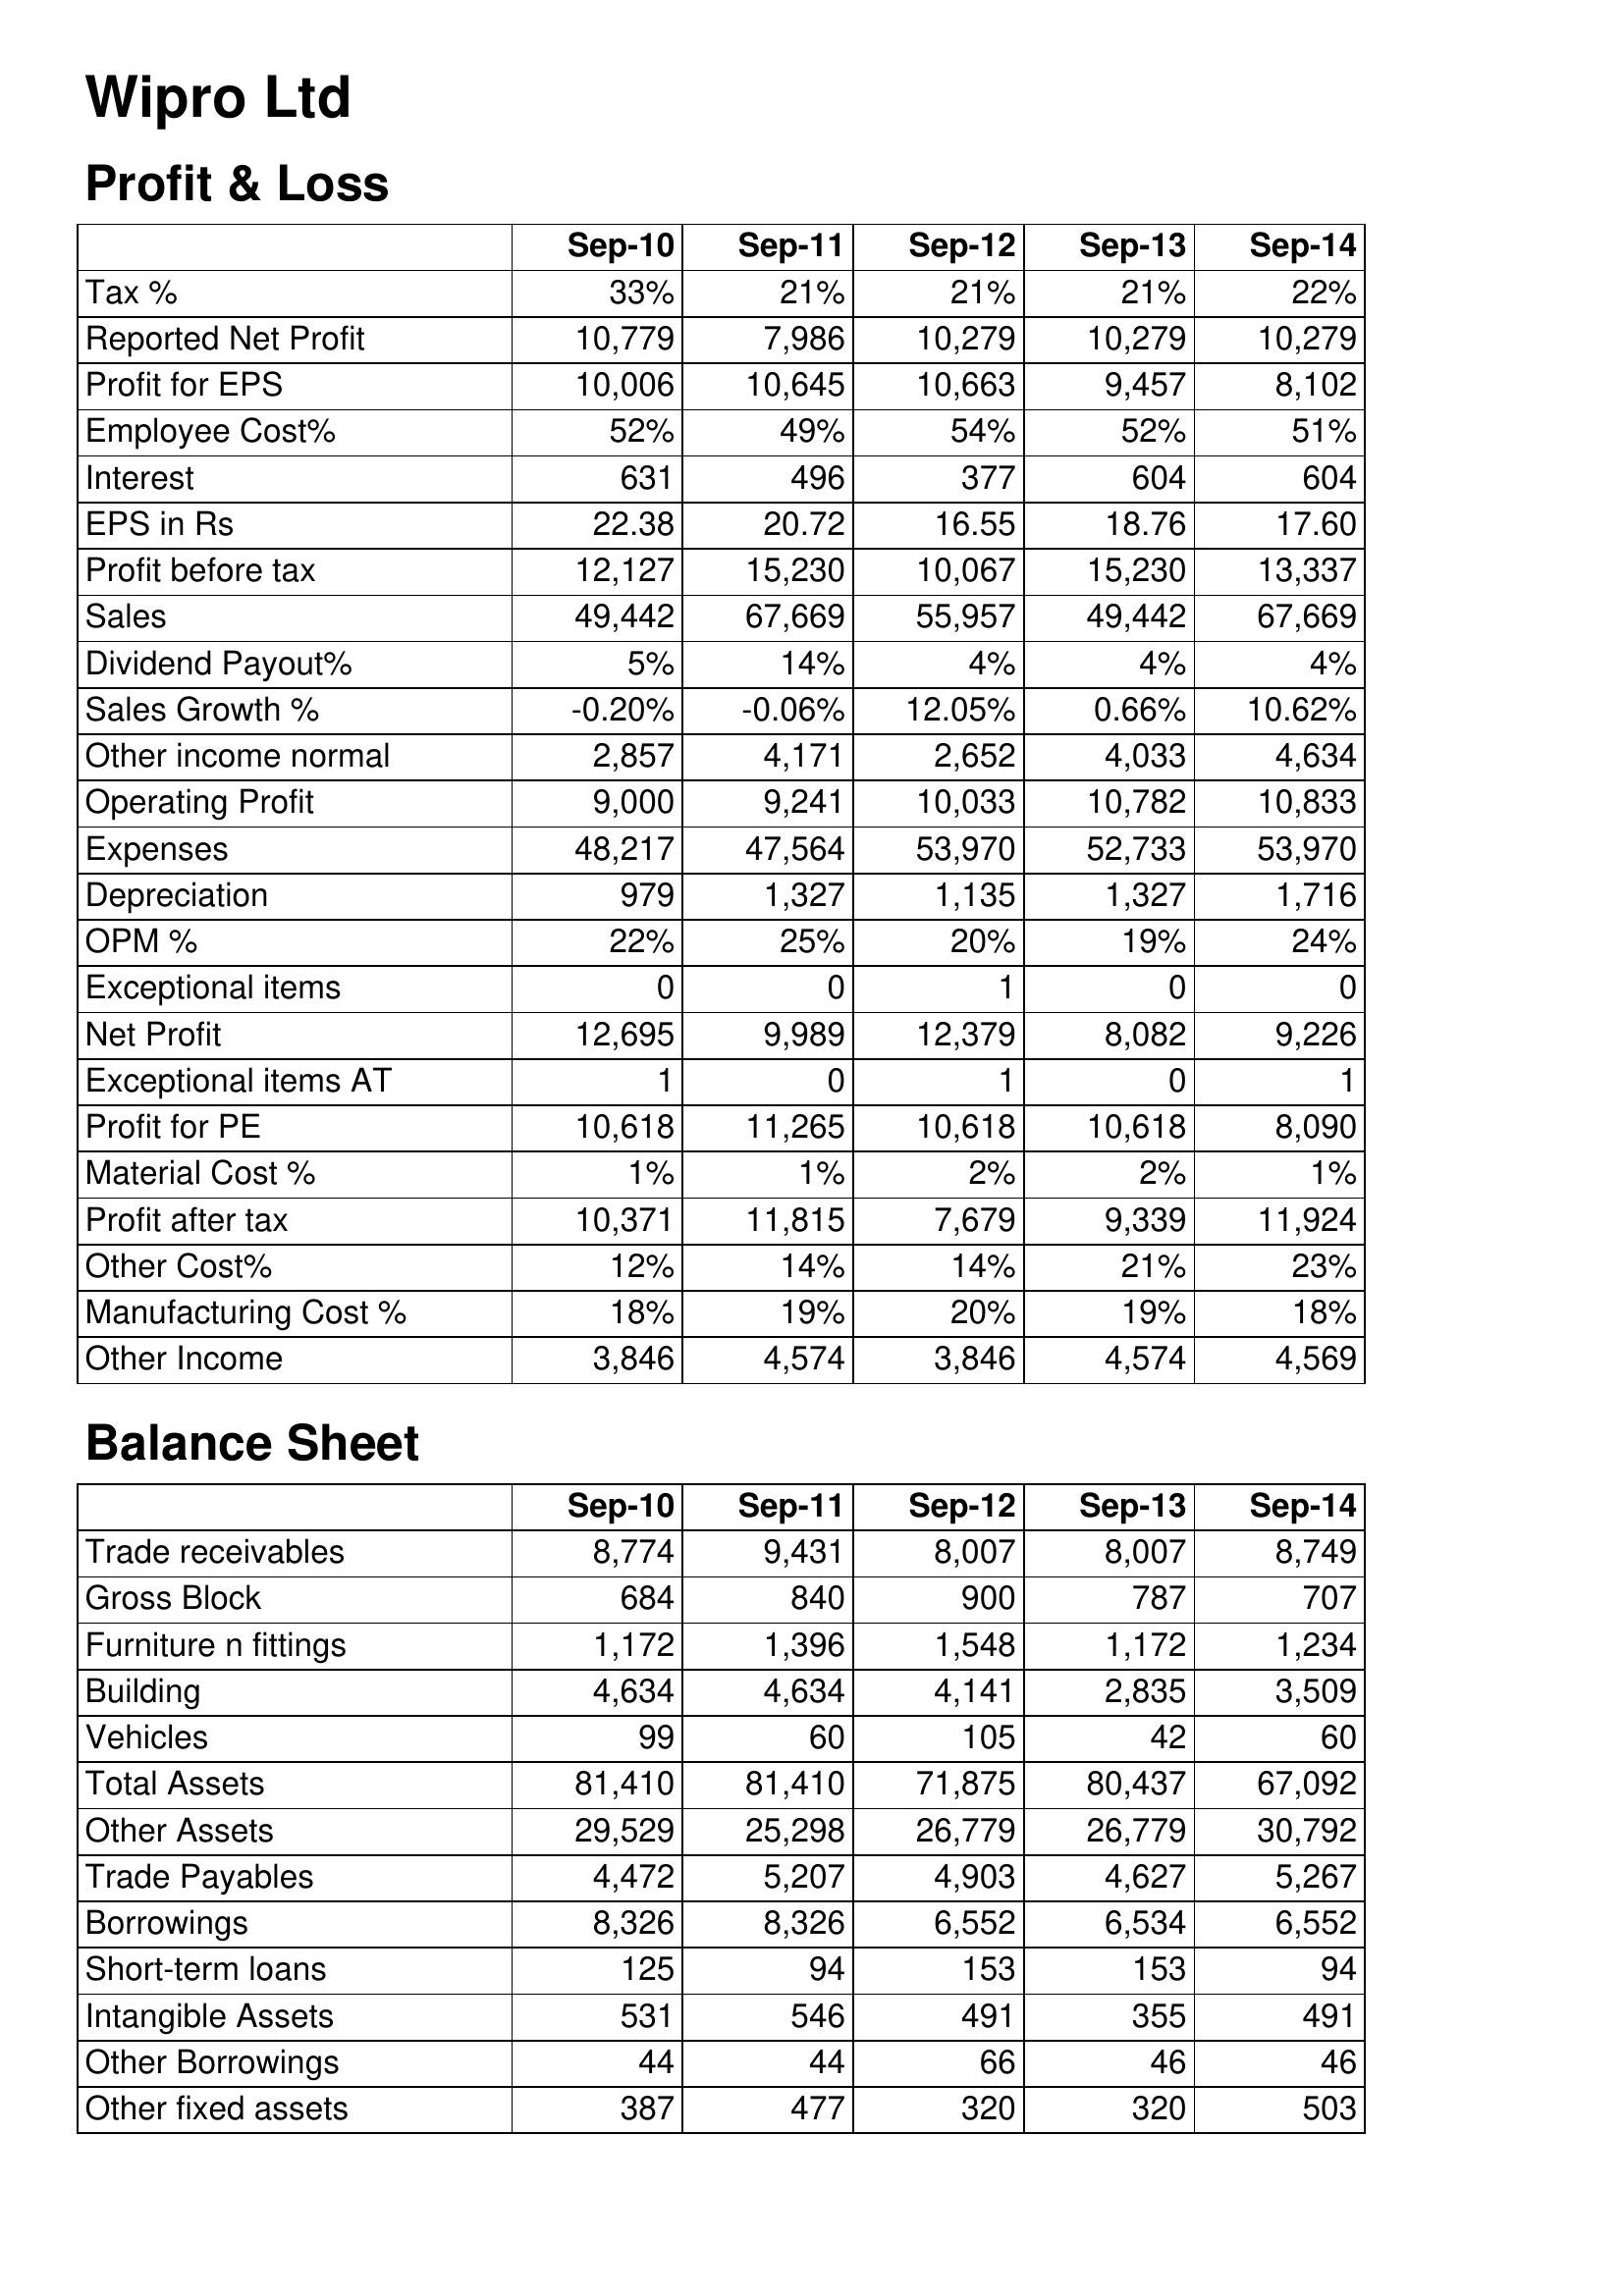
Sep-10: Profit & Loss: Tax %: 33%
Reported Net Profit: 10,779
Profit for EPS: 10,006
Employee Cost%: 52%
Interest: 631
EPS in Rs: 22.38
Profit before tax: 12,127
Sales: 49,442
Dividend Payout%: 5%
Sales Growth %: -0.20%
Other income normal: 2,857
Operating Profit: 9,000
Expenses: 48,217
Depreciation: 979
OPM %: 22%
Exceptional items: 0
Net Profit: 12,695
Exceptional items AT: 1
Profit for PE: 10,618
Material Cost %: 1%
Profit after tax: 10,371
Other Cost%: 12%
Manufacturing Cost %: 18%
Other Income: 3,846
Balance Sheet: Trade receivables: 8,774
Gross Block: 684
Furniture n fittings: 1,172
Building: 4,634
Vehicles: 99
Total Assets: 81,410
Other Assets: 29,529
Trade Payables: 4,472
Borrowings: 8,326
Short-term loans: 125
Intangible Assets: 531
Other Borrowings: 44
Other fixed assets: 387
Sep-11: Profit & Loss: Tax %: 21%
Reported Net Profit: 7,986
Profit for EPS: 10,645
Employee Cost%: 49%
Interest: 496
EPS in Rs: 20.72
Profit before tax: 15,230
Sales: 67,669
Dividend Payout%: 14%
Sales Growth %: -0.06%
Other income normal: 4,171
Operating Profit: 9,241
Expenses: 47,564
Depreciation: 1,327
OPM %: 25%
Exceptional items: 0
Net Profit: 9,989
Exceptional items AT: 0
Profit for PE: 11,265
Material Cost %: 1%
Profit after tax: 11,815
Other Cost%: 14%
Manufacturing Cost %: 19%
Other Income: 4,574
Balance Sheet: Trade receivables: 9,431
Gross Block: 840
Furniture n fittings: 1,396
Building: 4,634
Vehicles: 60
Total Assets: 81,410
Other Assets: 25,298
Trade Payables: 5,207
Borrowings: 8,326
Short-term loans: 94
Intangible Assets: 546
Other Borrowings: 44
Other fixed assets: 477
Sep-12: Profit & Loss: Tax %: 21%
Reported Net Profit: 10,279
Profit for EPS: 10,663
Employee Cost%: 54%
Interest: 377
EPS in Rs: 16.55
Profit before tax: 10,067
Sales: 55,957
Dividend Payout%: 4%
Sales Growth %: 12.05%
Other income normal: 2,652
Operating Profit: 10,033
Expenses: 53,970
Depreciation: 1,135
OPM %: 20%
Exceptional items: 1
Net Profit: 12,379
Exceptional items AT: 1
Profit for PE: 10,618
Material Cost %: 2%
Profit after tax: 7,679
Other Cost%: 14%
Manufacturing Cost %: 20%
Other Income: 3,846
Balance Sheet: Trade receivables: 8,007
Gross Block: 900
Furniture n fittings: 1,548
Building: 4,141
Vehicles: 105
Total Assets: 71,875
Other Assets: 26,779
Trade Payables: 4,903
Borrowings: 6,552
Short-term loans: 153
Intangible Assets: 491
Other Borrowings: 66
Other fixed assets: 320
Sep-13: Profit & Loss: Tax %: 21%
Reported Net Profit: 10,279
Profit for EPS: 9,457
Employee Cost%: 52%
Interest: 604
EPS in Rs: 18.76
Profit before tax: 15,230
Sales: 49,442
Dividend Payout%: 4%
Sales Growth %: 0.66%
Other income normal: 4,033
Operating Profit: 10,782
Expenses: 52,733
Depreciation: 1,327
OPM %: 19%
Exceptional items: 0
Net Profit: 8,082
Exceptional items AT: 0
Profit for PE: 10,618
Material Cost %: 2%
Profit after tax: 9,339
Other Cost%: 21%
Manufacturing Cost %: 19%
Other Income: 4,574
Balance Sheet: Trade receivables: 8,007
Gross Block: 787
Furniture n fittings: 1,172
Building: 2,835
Vehicles: 42
Total Assets: 80,437
Other Assets: 26,779
Trade Payables: 4,627
Borrowings: 6,534
Short-term loans: 153
Intangible Assets: 355
Other Borrowings: 46
Other fixed assets: 320
Sep-14: Profit & Loss: Tax %: 22%
Reported Net Profit: 10,279
Profit for EPS: 8,102
Employee Cost%: 51%
Interest: 604
EPS in Rs: 17.60
Profit before tax: 13,337
Sales: 67,669
Dividend Payout%: 4%
Sales Growth %: 10.62%
Other income normal: 4,634
Operating Profit: 10,833
Expenses: 53,970
Depreciation: 1,716
OPM %: 24%
Exceptional items: 0
Net Profit: 9,226
Exceptional items AT: 1
Profit for PE: 8,090
Material Cost %: 1%
Profit after tax: 11,924
Other Cost%: 23%
Manufacturing Cost %: 18%
Other Income: 4,569
Balance Sheet: Trade receivables: 8,749
Gross Block: 707
Furniture n fittings: 1,234
Building: 3,509
Vehicles: 60
Total Assets: 67,092
Other Assets: 30,792
Trade Payables: 5,267
Borrowings: 6,552
Short-term loans: 94
Intangible Assets: 491
Other Borrowings: 46
Other fixed assets: 503